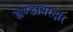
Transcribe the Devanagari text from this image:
झण्डाबरदार